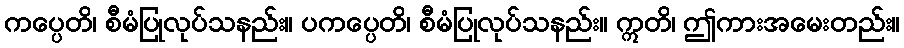
ကပ္ပေတိ၊ စီမံပြုလုပ်သနည်း။ ပကပ္ပေတိ၊ စီမံပြုလုပ်သနည်း။ ဣတိ၊ ဤကားအမေးတည်း။